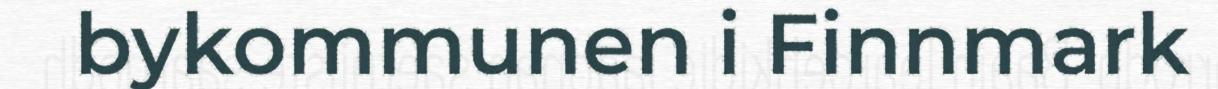
bykommunen i Finnmark